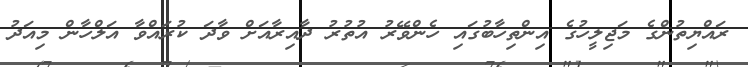
ރައްޔިތުންގެ މަޖިލީހުގެ އިންތިހާބުގައި ހެންވޭރު އުތުރު ދާއިރާއަށް ވާދަ ކުރައްވާ އަލްހާން މިއަދު